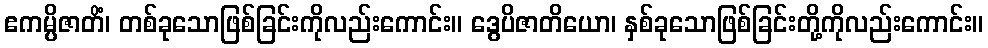
ဧကမ္ပိဇာတိံ၊ တစ်ခုသောဖြစ်ခြင်းကိုလည်းကောင်း။ ဒွေပိဇာတိယော၊ နှစ်ခုသောဖြစ်ခြင်းတို့ကိုလည်းကောင်း။